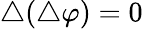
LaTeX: \bigtriangleup(\bigtriangleup\varphi)=0